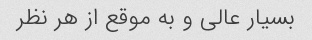
بسیار عالی و به موقع از هر نظر